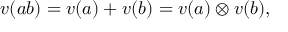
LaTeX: v ( a b ) = v ( a ) + v ( b ) = v ( a ) \otimes v ( b ) ,